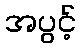
အပွင့်